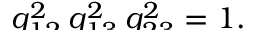
\smash { q _ { 1 2 } ^ { 2 } \, q _ { 1 3 } ^ { 2 } \, q _ { 2 3 } ^ { 2 } } = 1 .